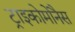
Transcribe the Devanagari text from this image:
ट्राइकोमोनैस